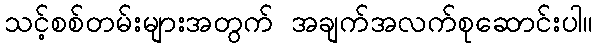
သင့်စစ်တမ်းများအတွက် အချက်အလက်စုဆောင်းပါ။